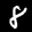
Label: 8